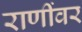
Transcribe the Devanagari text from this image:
राणींवर